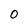
Character: 0